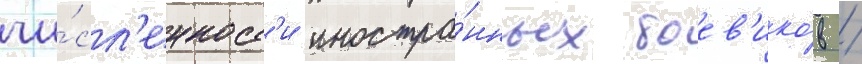
чи́сл'енност'и иностра́нных боев'ико́в /